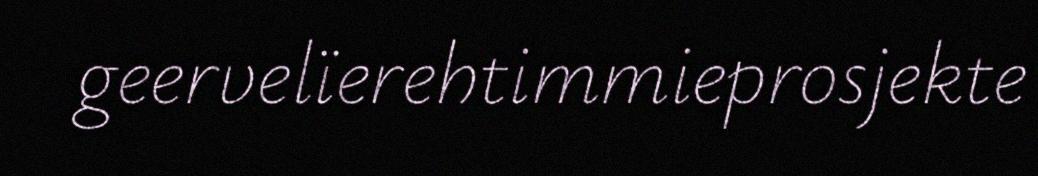
geervelïerehtimmieprosjekte